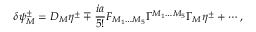
\delta \psi _ { M } ^ { \pm } = D _ { M } \eta ^ { \pm } \mp \frac { i a } { 5 ! } F _ { M _ { 1 } \ldots M _ { 5 } } \Gamma ^ { M _ { 1 } \ldots M _ { 5 } } \Gamma _ { M } \eta ^ { \pm } + \cdots ,